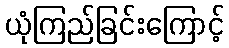
ယုံကြည်ခြင်းကြောင့်